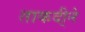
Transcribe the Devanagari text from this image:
ताकदी्ने